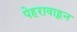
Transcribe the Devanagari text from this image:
पेहरावाहून